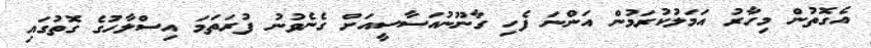
އެގޮތުން މިހާރު އަމަލުކުރަމުން އަންނަ ފެހި ގާނޫނުއަސާސީއަށް ގެނެވުނު ފުރަތަމަ އިސްލާހުގެ ގޮތުގައި